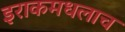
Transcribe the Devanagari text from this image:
इराकमधलाच